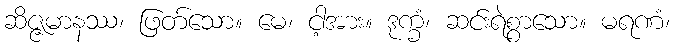
ဆိဇ္ဇမာနဿ၊ ဖြတ်သော။ မေ၊ ငါ့အား။ ဒုက္ခံ၊ ဆင်းရဲစွာသော။ မရဏံ၊